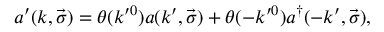
a ^ { \prime } ( k , \vec { \sigma } ) = \theta ( k ^ { \prime 0 } ) a ( k ^ { \prime } , \vec { \sigma } ) + \theta ( - k ^ { \prime 0 } ) a ^ { \dagger } ( - k ^ { \prime } , \vec { \sigma } ) ,